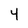
Character: 4